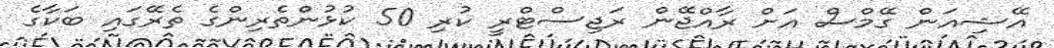
އޭޝިއަން ގޭމްސް އަށް ރާއްޖޭން ރަޖިސްޓްރީ ކުރި 50 ކުޅުންތެރިންގެ ތެރޭގައި ބަކާގެ